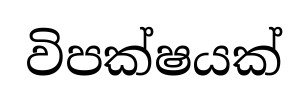
විපක්ෂයක්